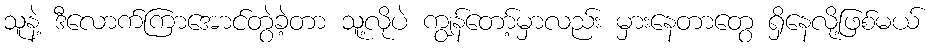
သူနဲ့ ဒီလောက်ကြာအောင်တွဲခဲ့တာ သူ့လိုပဲ ကျွန်တော့်မှာလည်း မှားနေတာတွေ ရှိနေလို့ဖြစ်မယ်